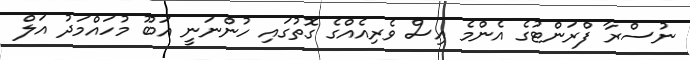
ނުސްރާ ފްރަންޓުގެ އެންމެ އިސް ވެރިއެއްގެ ގޮތުގައި ހުންނަނީ އަބޫ މުހައްމަދު އަލް